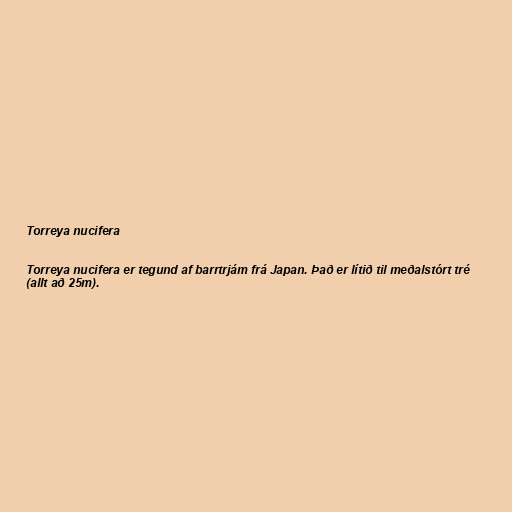
Torreya nucifera

Torreya nucifera er tegund af barrtrjám frá Japan. Það er lítið til meðalstórt tré
(allt að 25m).